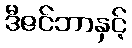
ဒီဇင်ဘာနှင့်